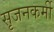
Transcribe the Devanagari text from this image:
सृजनकर्मी